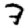
Digit: 7